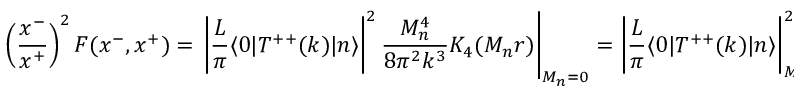
\left( \frac { x ^ { - } } { x ^ { + } } \right) ^ { 2 } F ( x ^ { - } , x ^ { + } ) = \left. \left| { \frac { L } { \pi } } \langle 0 | T ^ { + + } ( k ) | n \rangle \right| ^ { 2 } { \frac { M _ { n } ^ { 4 } } { 8 \pi ^ { 2 } k ^ { 3 } } } K _ { 4 } ( M _ { n } r ) \right| _ { M _ { n } = 0 } = \left| { \frac { L } { \pi } } \langle 0 | T ^ { + + } ( k ) | n \rangle \right| _ { M _ { n } = 0 } ^ { 2 } { \frac { 6 } { k ^ { 3 } \pi ^ { 2 } r ^ { 4 } } } .